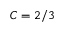
C = 2 / 3